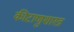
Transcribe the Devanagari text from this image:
कीटाणुशास्त्र